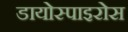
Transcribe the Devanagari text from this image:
डायोस्पाइरोस